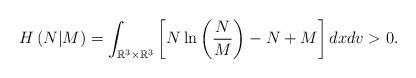
LaTeX: \begin{align*}H\left(N|M\right)=\int_{{\mathbb R}^3\times {\mathbb R}^3}\left[ N\ln\left(\frac{N}{M}\right)-N+M \right] dxdv >0.\end{align*}